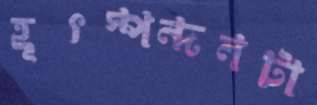
হূৎস্পন্দনটা